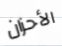
الأحزان